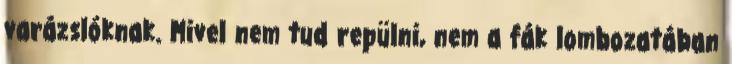
varázslóknak. Mivel nem tud repülni, nem a fák lombozatában